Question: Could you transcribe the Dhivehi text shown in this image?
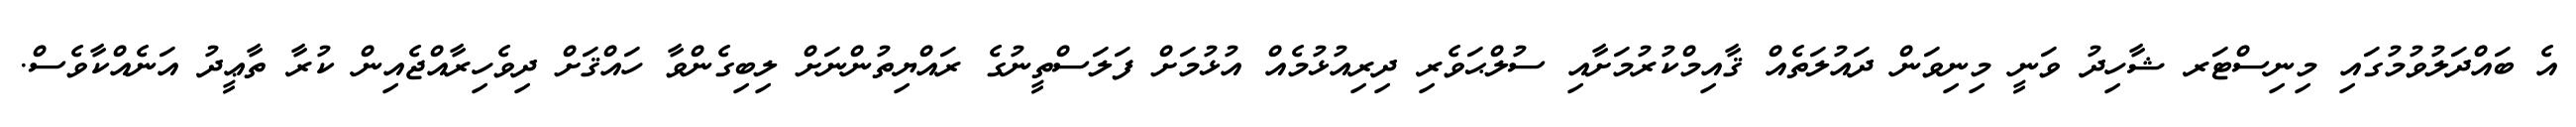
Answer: އެ ބައްދަލުވުމުގައި މިނިސްޓަރ ޝާހިދު ވަނީ މިނިވަން ދައުލަތެއް ޤާއިމްކުރުމަށާއި ސުލްޙަވެރި ދިރިއުޅުމެއް އުޅުމަށް ފަލަސްތީނުގެ ރައްޔިތުންނަށް ލިބިގެންވާ ހައްޤަށް ދިވެހިރާއްޖެއިން ކުރާ ތާޢީދު އަނެއްކާވެސް.